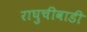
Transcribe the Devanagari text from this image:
राघुचीवाडी